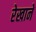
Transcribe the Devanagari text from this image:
रेखाने